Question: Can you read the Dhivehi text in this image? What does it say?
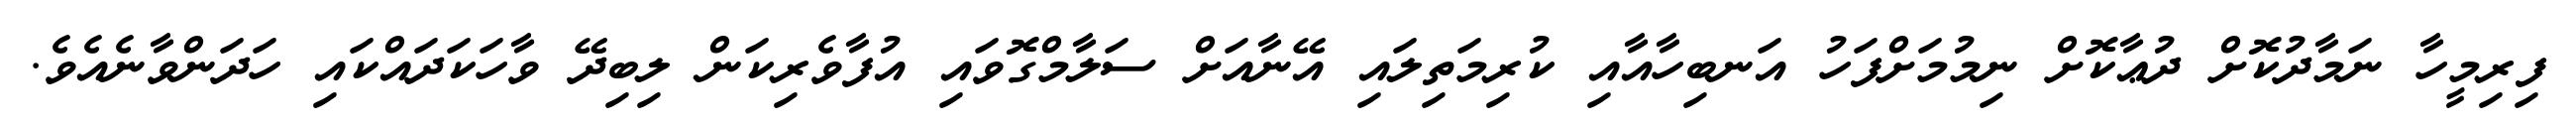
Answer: ފިރިމީހާ ނަމާދުކޮށް ދުޢާކޮށް ނިމުމަށްފަހު އަނބިހާއާއި ކުރިމަތިލައި އޭނާއަށް ސަލާމްގޮވައި އުފާވެރިކަން ލިބިދޭ ވާހަކަދައްކައި ހަދަންވާނެއެވެ.